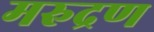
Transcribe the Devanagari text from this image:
मरुद्रण